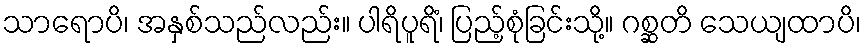
သာရောပိ၊ အနှစ်သည်လည်း။ ပါရိပူရိံ၊ ပြည့်စုံခြင်းသို့။ ဂစ္ဆတိ သေယျထာပိ၊